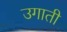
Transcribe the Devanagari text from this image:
उगाती